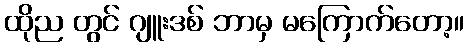
ထိုည တွင် ဂျူးဒစ် ဘာမှ မကြောက်တော့။